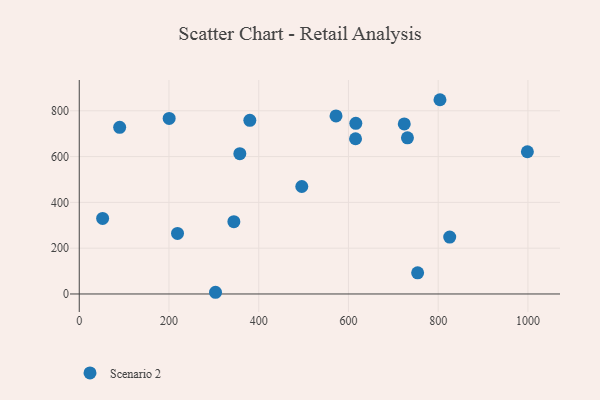
{"axis": {"x": "Investment", "y": "Demand"}, "legend": ["Scenario 2"], "data": [{"x": "380.2", "y": 758.5, "type": "Scenario 2"}, {"x": "496.0", "y": 469.3, "type": "Scenario 2"}, {"x": "303.7", "y": 7.4, "type": "Scenario 2"}, {"x": "825.7", "y": 248.3, "type": "Scenario 2"}, {"x": "724.4", "y": 742.8, "type": "Scenario 2"}, {"x": "572.3", "y": 777.5, "type": "Scenario 2"}, {"x": "344.6", "y": 315.7, "type": "Scenario 2"}, {"x": "998.8", "y": 621.0, "type": "Scenario 2"}, {"x": "90.1", "y": 727.9, "type": "Scenario 2"}, {"x": "200.4", "y": 766.8, "type": "Scenario 2"}, {"x": "615.8", "y": 677.9, "type": "Scenario 2"}, {"x": "804.0", "y": 848.3, "type": "Scenario 2"}, {"x": "52.1", "y": 329.8, "type": "Scenario 2"}, {"x": "357.9", "y": 612.8, "type": "Scenario 2"}, {"x": "731.5", "y": 681.9, "type": "Scenario 2"}, {"x": "219.0", "y": 264.6, "type": "Scenario 2"}, {"x": "754.2", "y": 92.4, "type": "Scenario 2"}, {"x": "616.4", "y": 745.4, "type": "Scenario 2"}]}